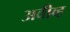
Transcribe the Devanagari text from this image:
अवीव्ह